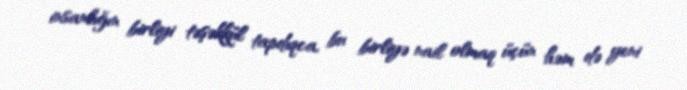
insanlığın birliyi təşəkkül tapdıqca, bu birliyə nail olmaq üçün həm də yeni